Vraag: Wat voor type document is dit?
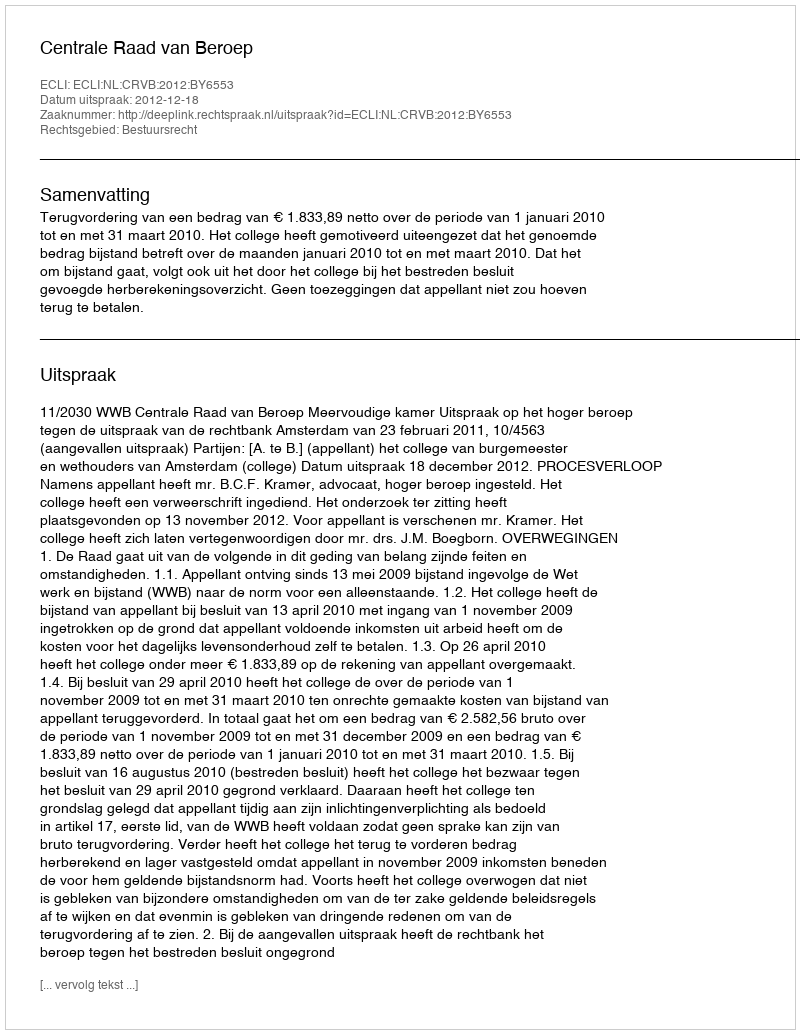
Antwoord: Uitspraak